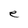
Character: e